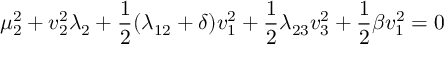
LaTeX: \mu _ { 2 } ^ { 2 } + v _ { 2 } ^ { 2 } \lambda _ { 2 } + \frac { 1 } { 2 } ( \lambda _ { 1 2 } + \delta ) v _ { 1 } ^ { 2 } + \frac { 1 } { 2 } \lambda _ { 2 3 } v _ { 3 } ^ { 2 } + \frac { 1 } { 2 } \beta v _ { 1 } ^ { 2 } = 0